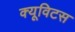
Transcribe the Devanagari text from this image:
क्यूविटस